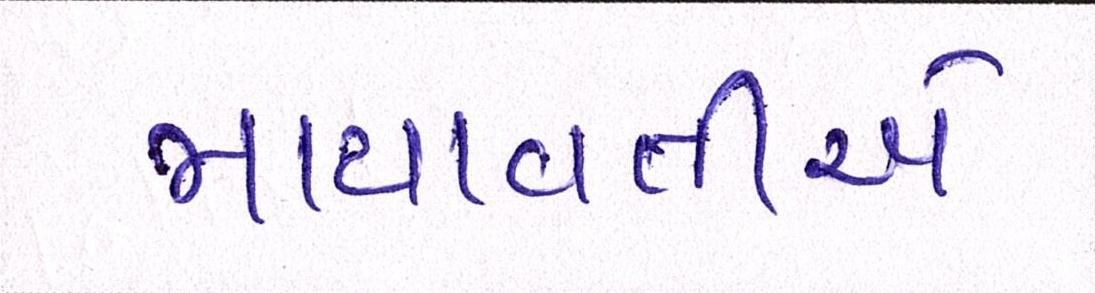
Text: માયાવતીએ